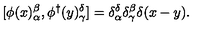
[ \phi ( x ) _ { \alpha } ^ { \beta } , \phi ^ { \dagger } ( y ) _ { \gamma } ^ { \delta } ] = \delta _ { \alpha } ^ { \delta } \delta _ { \gamma } ^ { \beta } \delta ( x - y ) .